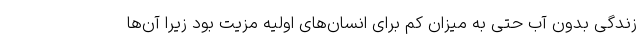
زندگی بدون آب حتی به میزان کم برای انسان‌های اولیه مزیت بود زیرا آن‌ها